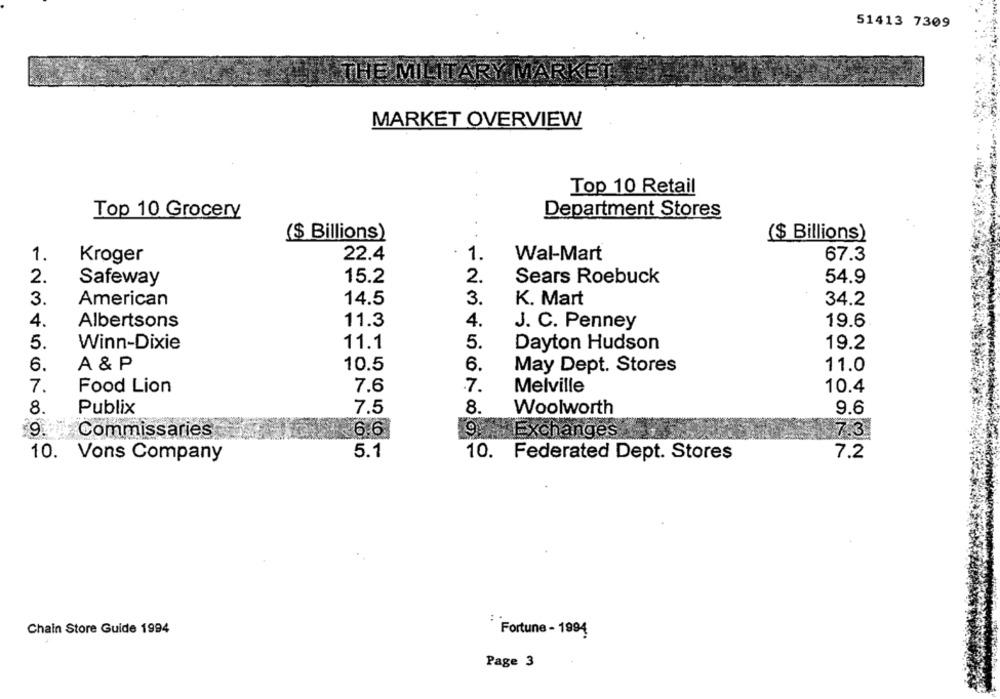
51413 7309
THE MILITARY MARKET
MARKET OVERVIEW
Top 10 Retail
Top 10 Grocery
Department Stores
.
($ Billions)
($ Billions)
.
1.
Kroger
22.4
1.
Wal-Mart
67.3
2.
15.2
2.
Sears Roebuck
54.9
Safeway
14.5
3.
3.
American
K. Mart
34.2
4.
11.3
4.
Albertsons
J. C. Penney
19.6
5.
Winn-Dixie
11.1
5.
Dayton Hudson
19.2
6
A & P
10.5
6.
May Dept. Stores
11.0
7.
Food Lion
7.6
7.
Melville
10.4
8.
Publix
7.5
8.
Woolworth
9.6
9.
Commissaries
6.6
19. Exchanges
7.3
5.1
7.2
10. Vons Company
10. Federated Dept. Stores
Chain Store Guide 1994
Fortune - 1994
Page 3